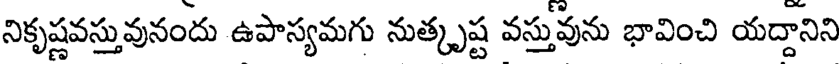
నికృష్ణవస్తువునందు ఉపాస్యమగు నుత్కృష్ట వస్తువును భావించి యద్దానిని